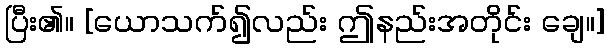
ပြီး၏။ [ယောသက်၍လည်း ဤနည်းအတိုင်း ချေ။]